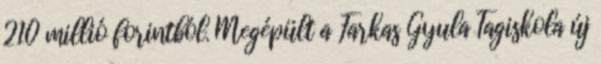
210 millió forintból. Megépült a Farkas Gyula Tagiskola új